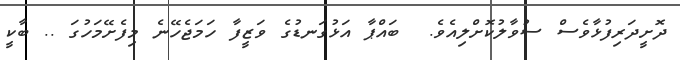
ދޮށީދަރިފުޅާވެސް ސުވާލުކޮށްލިއެވެ.  ބައްޕާ އަޅުގަނޑުގެ ވަޒީފާ ހަމަޖެހޭނެ މިފެށޭމަހުގަ .. ބާކީ